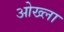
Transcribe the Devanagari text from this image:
ओख्ला